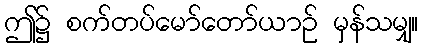
ဤ၌ စက်တပ်မော်တော်ယာဉ် မှန်သမျှ။